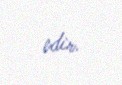
edir.